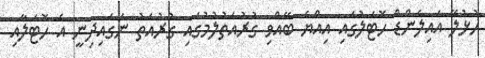
ހުޅުލޭ އައިލެންޑް ހޮޓަލުގައި އިއްޔެ ބޭއްވި ގުރުއަތުލުމުގައި ގުރުއަތު ނަގައިދިނީ އެ ހޮޓަލާއި